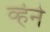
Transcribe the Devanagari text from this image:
व्हेने